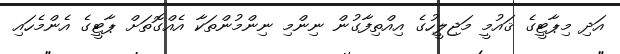
އަދި މިޕާޓީގެ ޤައުމީ މަޖިލީހުގެ އިއްތިފާގުން ނިންމި ނިންމުންތަކާ އެއްގޮތަށް ޕާޓީގެ އެންމެހައި